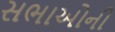
સભાઓની